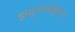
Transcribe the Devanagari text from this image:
इम्यूनोग्लोबुलिन्स